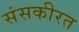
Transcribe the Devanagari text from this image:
संसकीरत